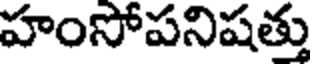
హంసోపనిషత్తు